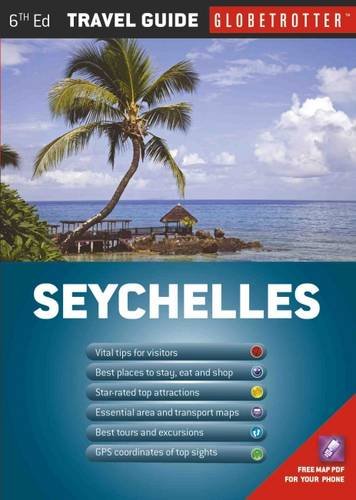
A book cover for Seychelles Travel Pack (Globetrotter Travel Packs); Paul Tingay; Travel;